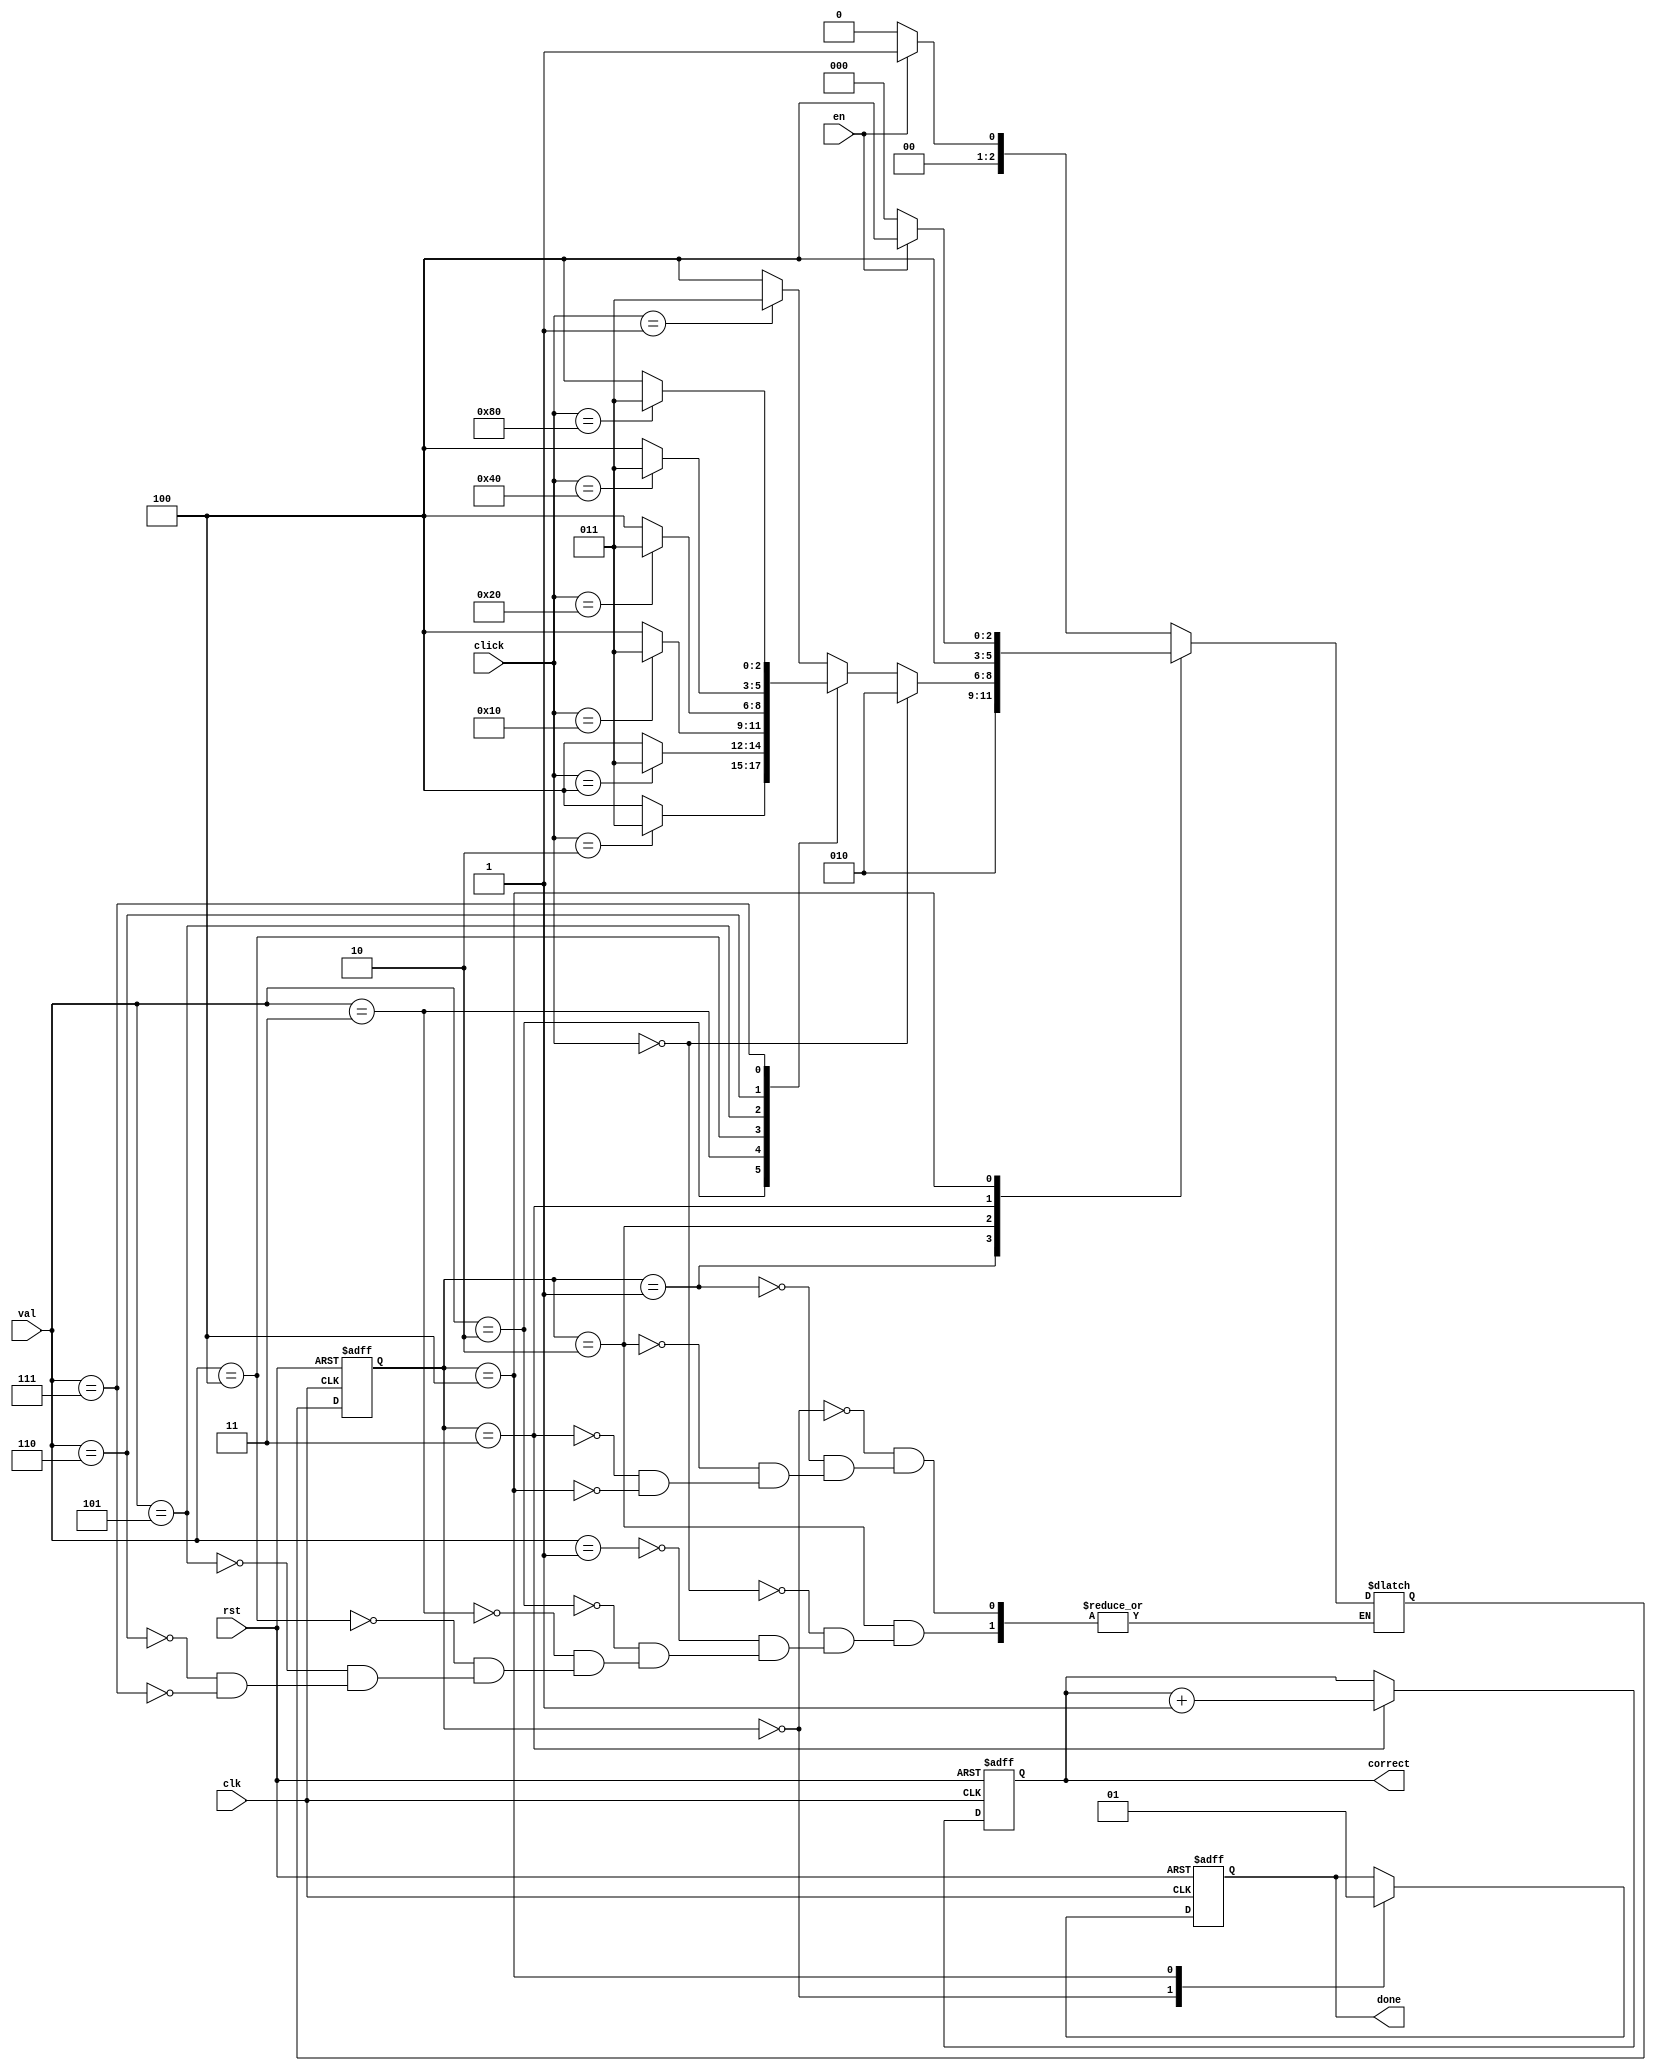
module ButtonCheck(input clk, rst, en, input [2:0]val, input [7:0] click, output reg done, output reg [7:0]correct);

reg [2:0] S; reg [2:0] NS;
parameter start = 3'd0,
			valCheck = 3'd1,
			waiting = 3'd2,
			right = 3'd3,
			exit = 3'd4;
			
parameter a = 8'b00000001,
			b = 8'b00000010,
			sel = 8'b00000100,
			star = 8'b00001000,
			up = 8'b00010000,
			down = 8'b00100000,
			left = 8'b01000000,
			bright = 8'b10000000;
			

parameter acheck = 3'b001,
			bcheck = 3'b010,
			selcheck = 3'b011,
			upcheck = 3'b100,
			downcheck = 3'b101,
			leftcheck = 3'b110,
			rightcheck = 3'b111;
			
always @(posedge clk or negedge rst) begin
	if (rst == 1'b0) S<= start;
	else S <= NS;

end
always @(*) begin
	case(S) 
		start: begin if (en == 1'b0) NS <= start;
		else NS <= valCheck; end
		valCheck: NS<= waiting;
		waiting: begin if (click == 8'd0) NS <= waiting;
		else begin
			case(val)
				acheck: begin if (click == a) NS <= right;
				else NS <= exit; end
				bcheck : begin if (click == b) NS <= right;
				else NS <= exit; end
				selcheck: begin if (click == sel) NS <= right;
				else NS <= exit; end
				upcheck :begin if (click == up) NS <= right;
				else NS <= exit; end
				downcheck : begin if (click == down) NS <= right;
				else NS <= exit; end
				leftcheck :begin if (click == left) NS <= right;
				else NS <= exit; end
				rightcheck :begin if (click == bright) NS <= right;
				else NS <= exit; end
			
			endcase end
		
		end
		right: NS <= exit;
		exit: begin if (en == 1'b1) NS <= exit;
		else NS <= start; end
	
	
	endcase

end

always @(posedge clk or negedge rst) begin
	if (rst == 1'b0) begin
		done = 1'b0;
		correct = 1'b0;
	end else begin
		case (S) 
			start: begin
			done = 1'b0; 
			 end
			right: begin correct = correct +  8'b1; end
			exit: begin done = 1'b1;  end
		endcase
	end
	

end



endmodule